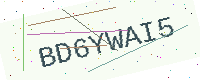
Text: BD6YWAI5